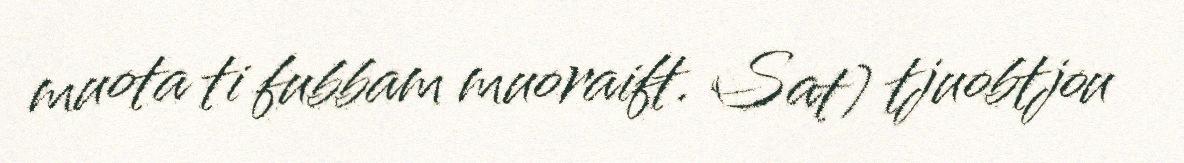
muota ti fubbam muoraift. Sat) tjuobtjou